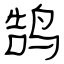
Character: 鹄